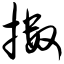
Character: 擞